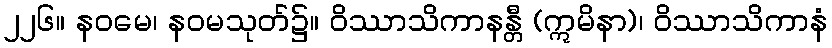
၂၂၆။ နဝမေ၊ နဝမသုတ်၌။ ဝိဿာသိကာနန္တီ (ဣမိနာ)၊ ဝိဿာသိကာနံ